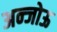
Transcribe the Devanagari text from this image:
अन्जोऊ